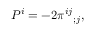
P ^ { i } = - 2 \pi ^ { i j } { } _ { ; j } ,